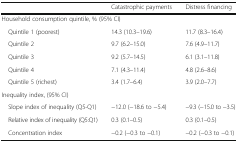
<table><thead><tr><td></td><td><b>Catastrophic payments</b></td><td><b>Distress financing</b></td></tr></thead><tbody><tr><td colspan="3">Household consumption quintile, % (95% CI)</td></tr><tr><td> Quintile 1 (poorest)</td><td>14.3 (10.3–19.6)</td><td>11.7 (8.3–16.4)</td></tr><tr><td> Quintile 2</td><td>9.7 (6.2–15.0)</td><td>7.6 (4.9–11.7)</td></tr><tr><td> Quintile 3</td><td>9.2 (5.7–14.5)</td><td>6.1 (3.1–11.8)</td></tr><tr><td> Quintile 4</td><td>7.1 (4.3–11.4)</td><td>4.8 (2.6–8.6)</td></tr><tr><td> Quintile 5 (richest)</td><td>3.4 (1.7–6.4)</td><td>3.9 (2.0–7.7)</td></tr><tr><td colspan="3">Inequality index, (95% CI)</td></tr><tr><td> Slope index of inequality (Q5-Q1)</td><td>−12.0 (−18.6 to −5.4)</td><td>−9.3 (−15.0 to −3.5)</td></tr><tr><td> Relative index of inequality (Q5:Q1)</td><td>0.3 (0.1–0.5)</td><td>0.3 (0.1–0.5)</td></tr><tr><td> Concentration index</td><td>−0.2 (−0.3 to −0.1)</td><td>−0.2 (−0.3 to −0.1)</td></tr></tbody></table>